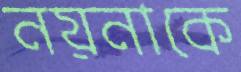
নয়নাকে